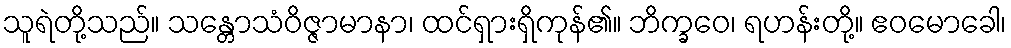
သူရဲတို့သည်။ သန္တောသံဝိဇ္ဇာမာနာ၊ ထင်ရှားရှိကုန်၏။ ဘိက္ခဝေ၊ ရဟန်းတို့။ ဧဝမောခေါ၊